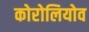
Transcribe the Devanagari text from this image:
कोरोलियोव